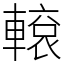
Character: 𨎊